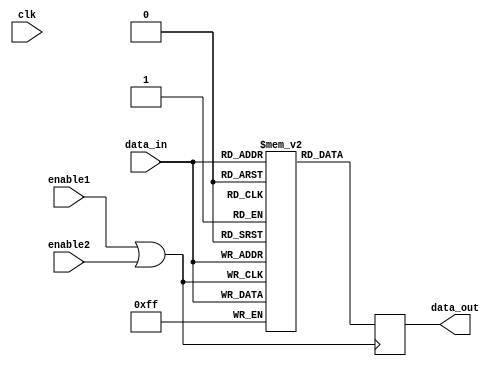
module clock_gating_memory_block (
    input wire clk,             // System clock
    input wire enable1,        // Enable signal 1
    input wire enable2,        // Enable signal 2
    input wire [7:0] data_in,  // Input data for the memory block
    output reg [7:0] data_out   // Output data from the memory block
);

    // Internal signal for the gated clock
    wire gated_clk;

    // OR gate to combine enable signals
    assign gated_clk = enable1 | enable2;

    // Memory block (register) - can be replaced with actual memory implementation
    reg [7:0] memory [0:255]; // Example memory array of 256 bytes

    // Memory write operation
    always @(posedge gated_clk) begin
        if (gated_clk) begin
            memory[data_in[7:0]] <= data_in; // Example write operation
        end
    end

    // Memory read operation
    always @(posedge gated_clk) begin
        if (gated_clk) begin
            data_out <= memory[data_in[7:0]]; // Example read operation
        end
    end

endmodule